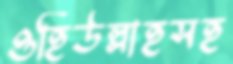
ওহিউল্লাহসহ